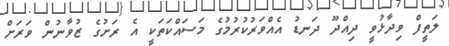
ލަތީފް ވިދާޅުވީ ދިއްދޫ ދަނޑު އެއްވަރުކުރުމުގެ މަސައްކަތަކީ އެ ރަށުގެ ޒުވާނުން ވަރަށް